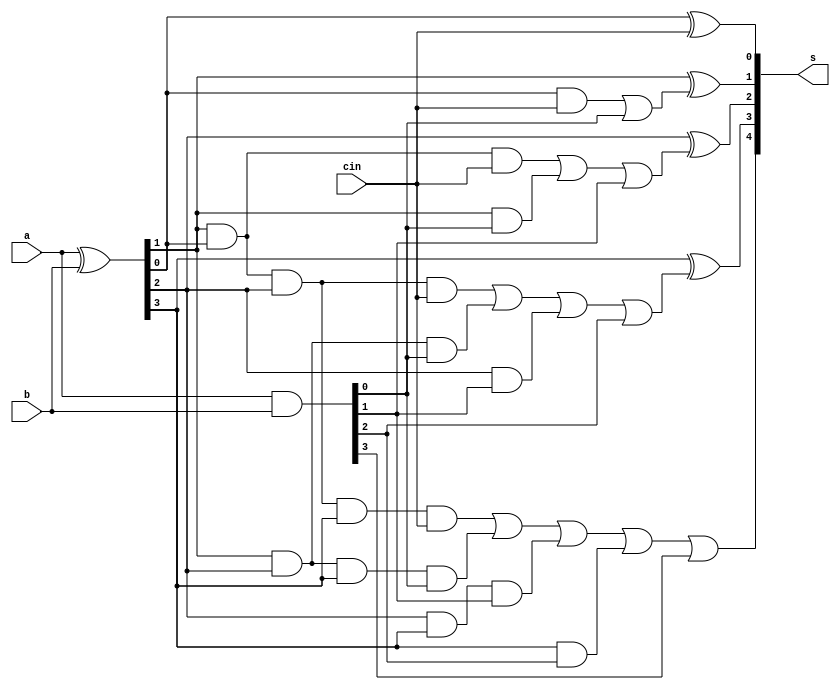
`timescale 1ns / 1ps

module cla_4_bit(input [3:0]a,b,input cin,output [4:0]s);
    wire [3:0]p,g;
    wire [4:0]c;
    assign p = a^b;
    assign g = a&b;
    assign c[0] = cin;
    assign c[1] = (p[0]&c[0])|g[0];
    assign c[2] = (p[1]&p[0]&c[0])|(p[1]&g[0])|g[1];
    assign c[3] = (p[0]&p[1]&p[2]&c[0])|(p[1]&p[2]&g[0])|(p[2]&g[1])|g[2];
    assign c[4] = (p[0]&p[1]&p[2]&p[3]&c[0])|(p[1]&p[2]&p[3]&g[0])|(p[2]&p[3]&g[1])|(p[3]&g[2])|g[3];
    assign s[0] = p[0]^c[0];
    assign s[1] = p[1]^c[1];
    assign s[2] = p[2]^c[2];
    assign s[3] = p[3]^c[3];
    assign s[4] = c[4];
 endmodule